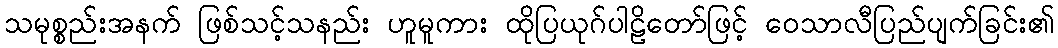
သမုစ္စည်းအနက် ဖြစ်သင့်သနည်း ဟူမူကား ထိုပြယုဂ်ပါဠိတော်ဖြင့် ဝေသာလီပြည်ပျက်ခြင်း၏